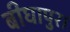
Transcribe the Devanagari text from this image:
बीघापुर।